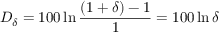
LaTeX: D _ { \delta } = 1 0 0 \ln { \frac { ( 1 + \delta ) - 1 } { 1 } } = 1 0 0 \ln \delta